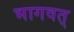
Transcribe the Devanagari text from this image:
भागवत्‌